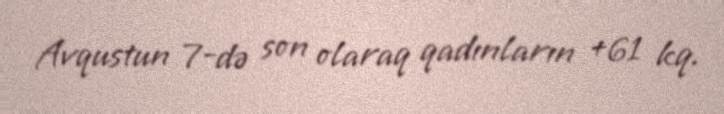
Avqustun 7-də son olaraq qadınların +61 kq.